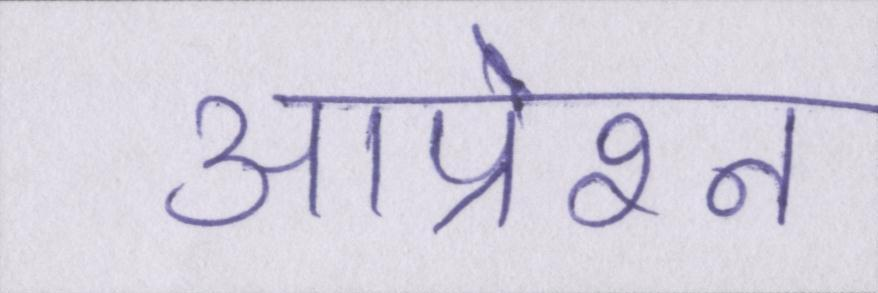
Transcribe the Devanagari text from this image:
आप्रेशन